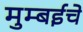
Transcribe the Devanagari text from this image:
मुम्बईचे